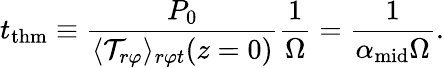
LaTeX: t_{\mathrm{thm}}\equiv\frac{P_{0}}{\langle\mathcal{T}_{r\varphi}\rangle_{r\varphi t}(z=0)}\frac{1}{\Omega}=\frac{1}{\alpha_{\mathrm{mid}}\Omega}.